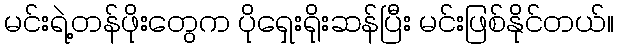
မင်းရဲ့တန်ဖိုးတွေက ပိုရှေးရိုးဆန်ပြီး မင်းဖြစ်နိုင်တယ်။